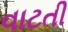
વાટતી